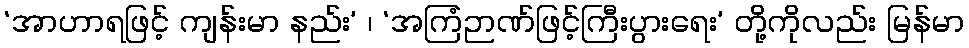
‘အာဟာရဖြင့် ကျန်းမာ နည်း’ ၊ ‘အကြံဉာဏ်ဖြင့်ကြီးပွားရေး’ တို့ကိုလည်း မြန်မာ